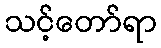
သင့်တော်ရာ